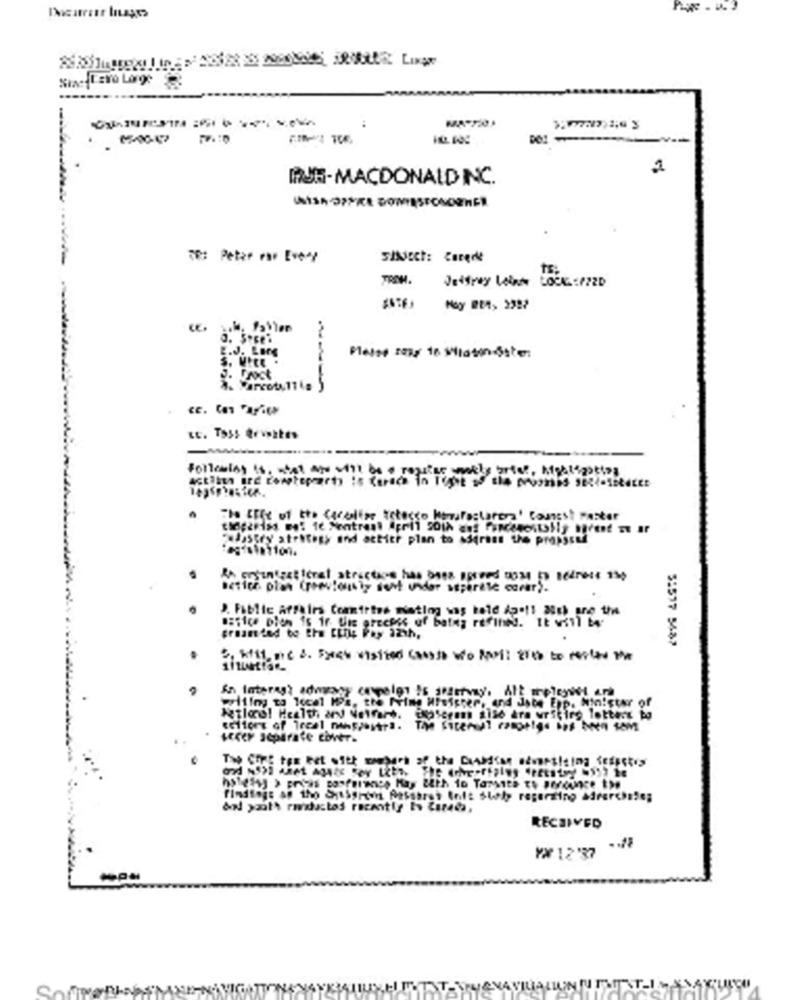
2
FJR-MACDONALD INC.
T: Peter rar E*e *?
SIXiEct: Carede
ts:
Jeffrey Loinde LOCK .: 772D
E.J. Lang
following is, what are stil do a regular weakly brief, Mybligaties
The life of the carealize tetocco haraposlaren" Connest Paster
"adystry strategy and acticr plan to Miqress the pmpst
astice plan (previously sent under saperese sacar).
5:577 5482
Netlos! Health and Welfare. Exaseram $150 ara writing letters to
RECEIVED
.. 78
YX 12'37